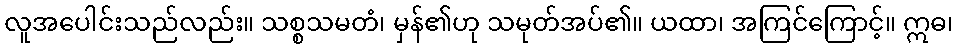
လူအပေါင်းသည်လည်း။ သစ္စသမတံ၊ မှန်၏ဟု သမုတ်အပ်၏။ ယထာ၊ အကြင်ကြောင့်။ ဣဓ၊